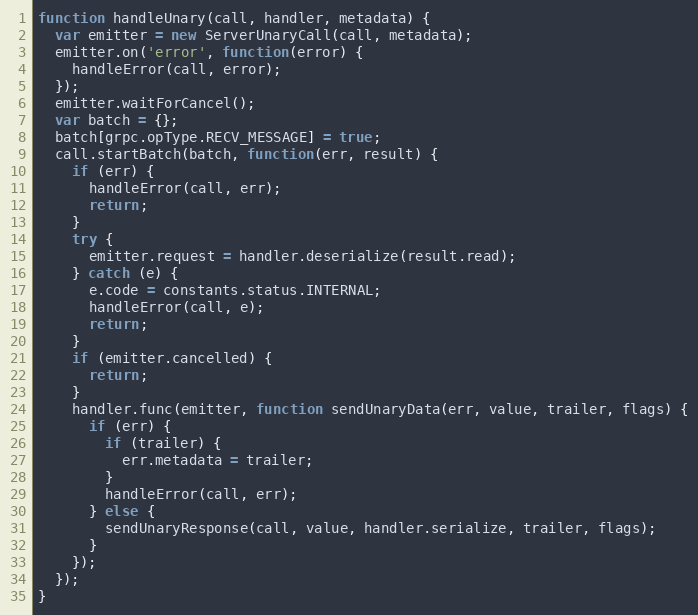
Language: JavaScript
function handleUnary(call, handler, metadata) {
  var emitter = new ServerUnaryCall(call, metadata);
  emitter.on('error', function(error) {
    handleError(call, error);
  });
  emitter.waitForCancel();
  var batch = {};
  batch[grpc.opType.RECV_MESSAGE] = true;
  call.startBatch(batch, function(err, result) {
    if (err) {
      handleError(call, err);
      return;
    }
    try {
      emitter.request = handler.deserialize(result.read);
    } catch (e) {
      e.code = constants.status.INTERNAL;
      handleError(call, e);
      return;
    }
    if (emitter.cancelled) {
      return;
    }
    handler.func(emitter, function sendUnaryData(err, value, trailer, flags) {
      if (err) {
        if (trailer) {
          err.metadata = trailer;
        }
        handleError(call, err);
      } else {
        sendUnaryResponse(call, value, handler.serialize, trailer, flags);
      }
    });
  });
}